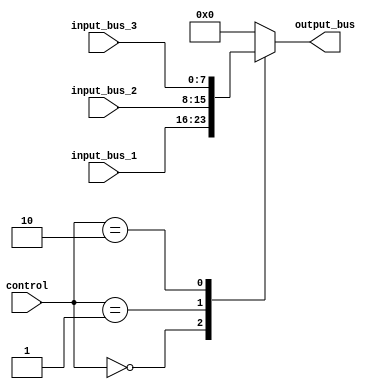
module io_blocks_bus_switch (
    input wire [1:0] control, // Control signals for bus selection
    input wire [7:0] input_bus_1, // Input data from bus 1
    input wire [7:0] input_bus_2, // Input data from bus 2
    input wire [7:0] input_bus_3, // Input data from bus 3
    output reg [7:0] output_bus // Output data to selected bus
);

always @ (control, input_bus_1, input_bus_2, input_bus_3)
begin
    case (control)
        2'b00: output_bus <= input_bus_1; // Select bus 1
        2'b01: output_bus <= input_bus_2; // Select bus 2
        2'b10: output_bus <= input_bus_3; // Select bus 3
        default: output_bus <= 8'b00000000; // Default bus selection
    endcase
end

endmodule